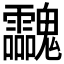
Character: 𩵀